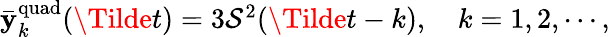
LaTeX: \begin{array}{r}{\bar{\mathbf{y}}_{k}^{\mathrm{quad}}(\Tilde{t})=3\mathcal{S}^{2}(\Tilde{t}-k),\quad k=1,2,\cdots,}\end{array}